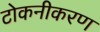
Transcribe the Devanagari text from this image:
टोकनीकरण